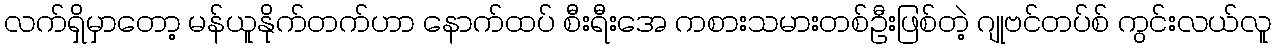
လက်ရှိမှာတော့ မန်ယူနိုက်တက်ဟာ နောက်ထပ် စီးရီးအေ ကစားသမားတစ်ဦးဖြစ်တဲ့ ဂျုဗင်တပ်စ် ကွင်းလယ်လူ